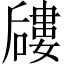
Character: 𱕎